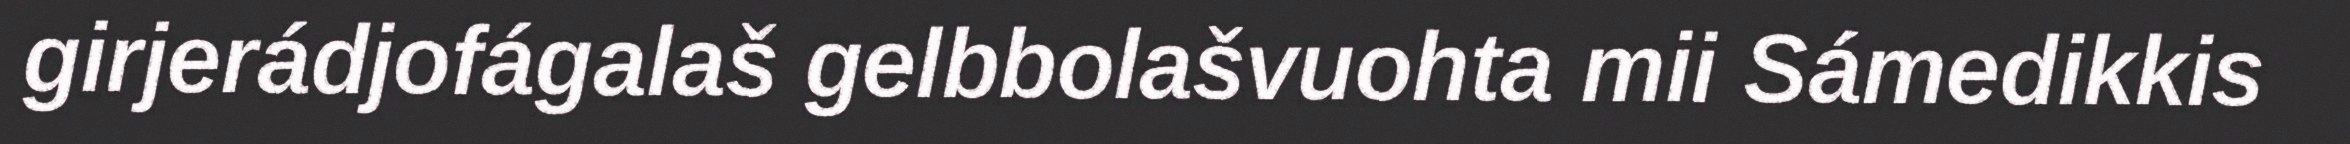
girjerádjofágalaš gelbbolašvuohta mii Sámedikkis